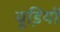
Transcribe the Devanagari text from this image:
चूडि़यों